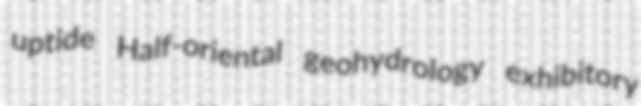
uptide Half-oriental geohydrology exhibitory